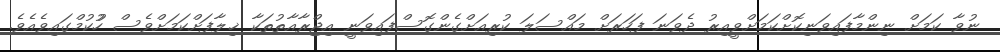
ނުވާ ކަމަށް ނިންމާފައިވަނިކޮށްކަމަށްވީއިރު ދެވަނަ ފަހަރަށް މައްސަލަ ކުރިއަށްގެންގޮސްފައިވަނީ އިޖްރާއާތުތަކާ ޚިލާފަށްކަމަށްވެސް ހުުކުމްގައިވެއެވެ.